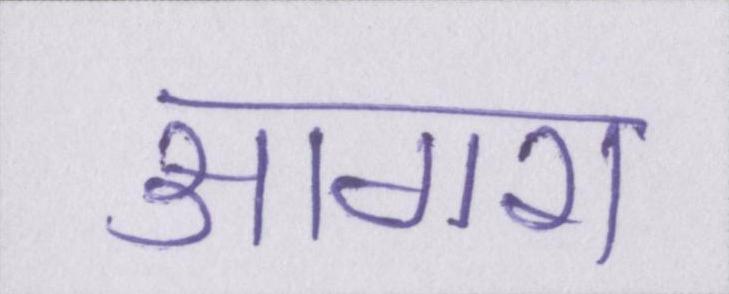
आगरा